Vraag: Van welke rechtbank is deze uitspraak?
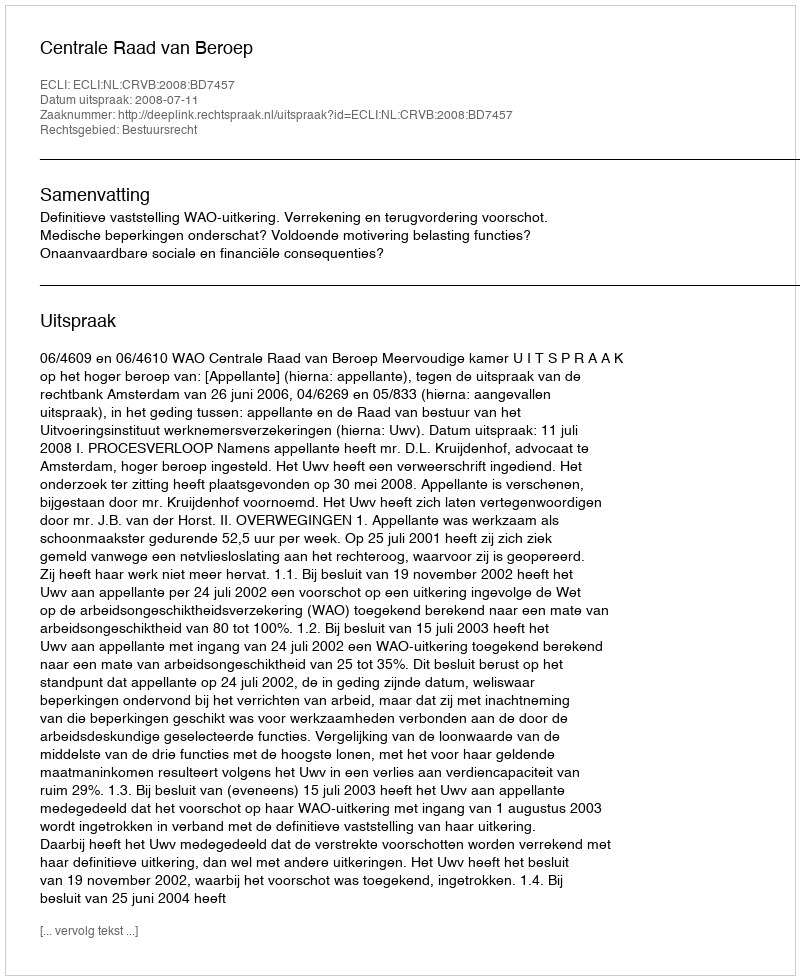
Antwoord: Centrale Raad van Beroep